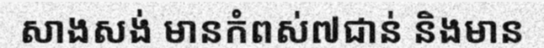
សាងសង់ មានកំពស់៧ជាន់ និងមាន